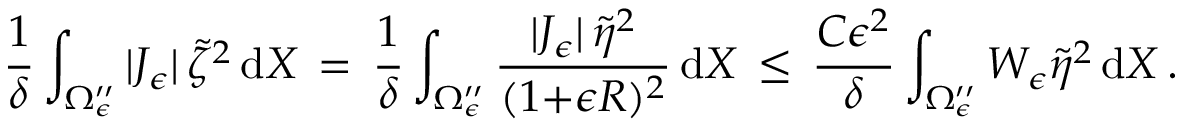
\frac { 1 } { \delta } \int _ { \Omega _ { \epsilon } ^ { \prime \prime } } | J _ { \epsilon } | \, \tilde { \zeta } ^ { 2 } \, \mathrm { d } X \, = \, \frac { 1 } { \delta } \int _ { \Omega _ { \epsilon } ^ { \prime \prime } } \frac { | J _ { \epsilon } | \, \tilde { \eta } ^ { 2 } } { ( 1 { + } \epsilon R ) ^ { 2 } } \, \mathrm { d } X \, \le \, \frac { C \epsilon ^ { 2 } } { \delta } \int _ { \Omega _ { \epsilon } ^ { \prime \prime } } W _ { \epsilon } \tilde { \eta } ^ { 2 } \, \mathrm { d } X \, .